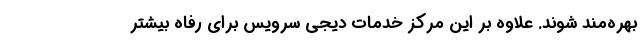
بهره‌مند شوند. علاوه بر این مرکز خدمات دیجی سرویس برای رفاه بیشتر